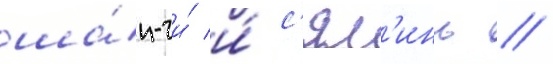
ша́н-чи́ и́ с'ял'инь //